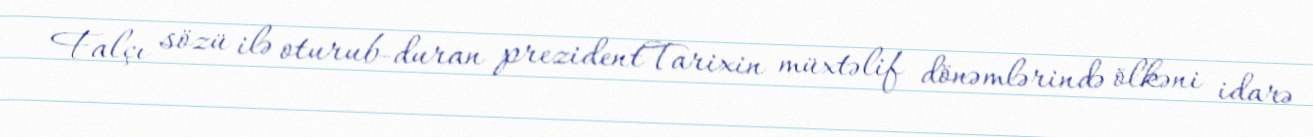
Falçı sözü ilə oturub-duran prezidentTarixin müxtəlif dönəmlərində ölkəni idarə